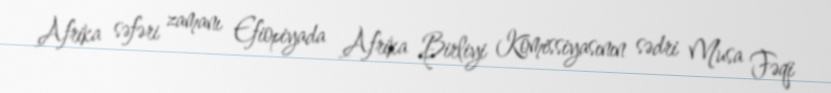
Afrika səfəri zamanı Efiopiyada Afrika Birliyi Komissiyasının sədri Musa Fəqi